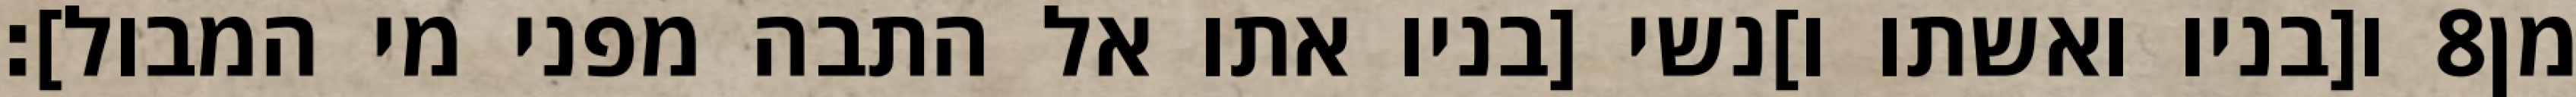
ו[בניו ואשתו ו]נשי [בניו אתו אל התבה מפני מי המבול]׃ ‎8‏ מן